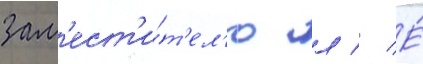
зам'ест'и́т'ел'ю л // Е́